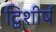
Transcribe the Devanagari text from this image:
द्विशीर्ष